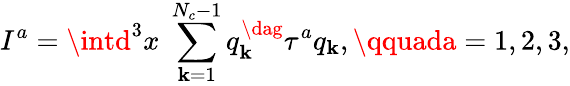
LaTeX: I^{a}=\intd^{3}x\; \sum_{\mathbf{k}=1}^{N_{c}-1}q_{\mathbf{k}}^{\dag}\tau^{a}q_{\mathbf{k}},\qquada=1,2,3,